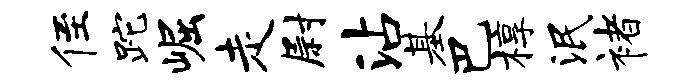
侄跎崛走尉沾基巴椁泯褚